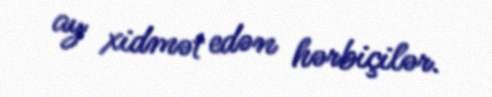
ay xidmət edən hərbiçilər.